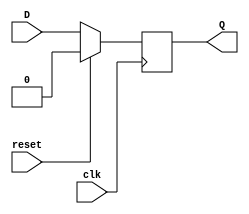
module dff (clk, reset, Q, D);
input wire clk, reset, D;
output reg Q;

  always @(posedge clk) begin
    if (reset == 1'b1) begin
      Q <= 1'b0;
    end
    else begin
      Q <= D;
    end
  end

endmodule

module encoder
(input se, so,
output c, b, en_se, en_so);

	assign {c, en_se} = se + so;
	assign {b, en_so} = se - so;

endmodule

module decoder
(input c, b, en_se, en_so,
output de_se, de_so);

wire [2:0] sum, diff;
    assign sum[2:0] = {c, en_se} + {b, en_so};
    assign diff[2:0] = {c, en_se} - {b, en_so};
	assign de_se = sum[1];
	assign de_so = diff[1];

endmodule

module encoder2
(input se, so,
output c, b, en_se);

wire en_so;
	assign {c, en_se} = se + so;
	assign {b, en_so} = se - so;

endmodule

module decoder2
(input c, b, en_se,
output de_se, de_so);

wire [2:0] sum, diff;
    assign sum[2:0] = {c, en_se} + {b, en_se};
    assign diff[2:0] = {c, en_se} - {b, en_se};
	assign de_se = sum[1];
	assign de_so = diff[1];

endmodule